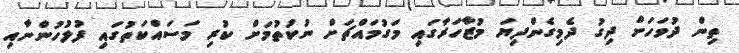
ތިން ދުވަހަށް ދިގު ދެމިގެންދިޔަ މުޒާހަރާގައި މަގުމައްޗަށް ނުކުތުމަށް ކުރި މަސައްކަތުގައި ފުލުހުންނާއި